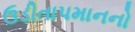
ઉડીતાપમાનનો